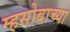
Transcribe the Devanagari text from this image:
म्हसोबाच्या